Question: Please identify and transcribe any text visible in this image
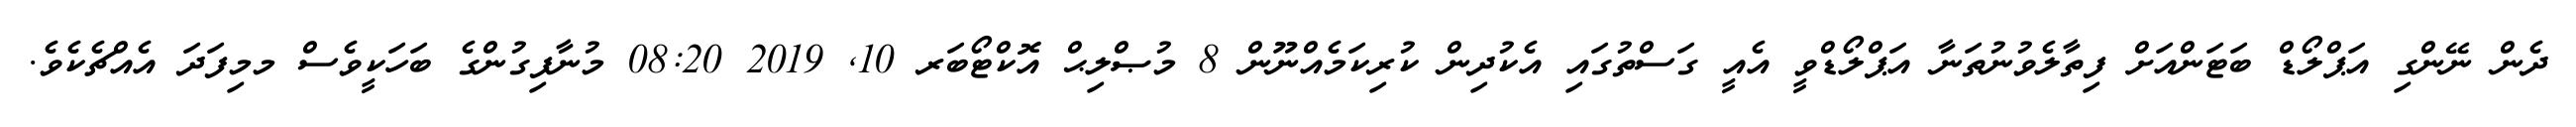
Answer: ދެން ނޭންގި އަޕްލޯޑް ބަޓަންއަށް ފިތާލެވުނުތަނާ އަޕްލޯޑްވީ އެއީ ގަސްތުގައި އެކުދިން ކުރިކަމެއްނޫން 8 މުޞްލިޙް އޮކްޓޯބަރ 10, 2019 08:20 މުނާފިގުންގެ ބަހަކީވެސް މމިފަދަ އެއްޗެކެވެ.